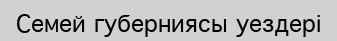
Семей губерниясы уездері